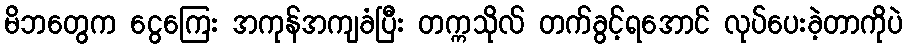
မိဘတွေက ငွေကြေး အကုန်အကျခံပြီး တက္ကသိုလ် တက်ခွင့်ရအောင် လုပ်ပေးခဲ့တာကိုပဲ